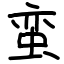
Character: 蛮